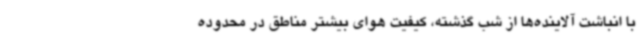
با انباشت آلاینده‌ها از شب گذشته، کیفیت هوای بیشتر مناطق در محدوده